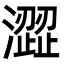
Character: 澀